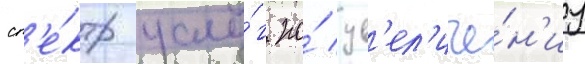
сп'е́ктр услу́г по́ ув'ел'иче́н'иу